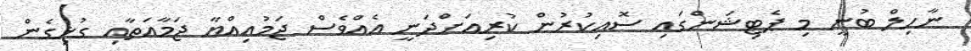
ނާހިލް ބުނީ މި ޕެޓިޝަންގައި ސޮއިކުރުން ކުރިއަށްދަނީ އެއްވެސް ޖަމުއިއްޔާ ޖަމާއަތާއި ގުޅިގެން